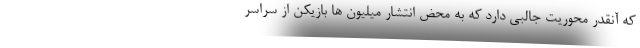
که آنقدر محوریت جالبی دارد که به محض انتشار میلیون ها بازیکن از سراسر